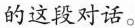
的这段对话。